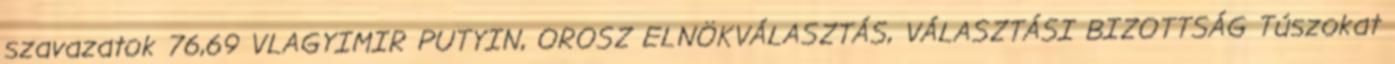
szavazatok 76,69 VLAGYIMIR PUTYIN, OROSZ ELNÖKVÁLASZTÁS, VÁLASZTÁSI BIZOTTSÁG Túszokat